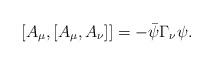
LaTeX: \begin{align*}[A_{\mu},[A_{\mu},A_{\nu}]]=-\bar{\psi}\Gamma_{\nu}\psi . \end{align*}